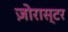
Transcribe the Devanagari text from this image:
ज़ोरास्टर